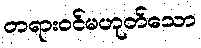
တရားဝင်မဟုတ်သော